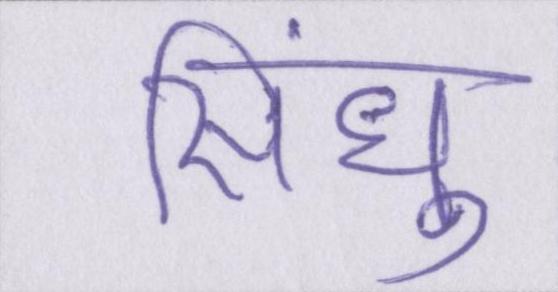
सिंधु